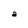
Character: a